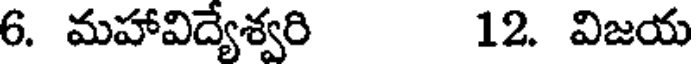
6. మహావిద్యేశ్వరి 12. విజయ